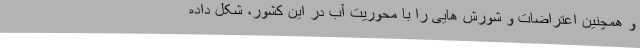
و همچنین اعتراضات و شورش هایی را با محوریت آب در این کشور، شکل داده